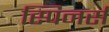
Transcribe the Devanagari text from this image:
स्पिनर्स